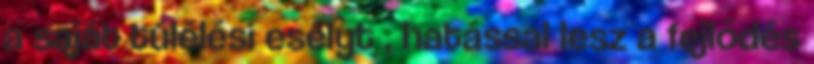
a saját túlélési esélyt , hatással lesz a fejlődés